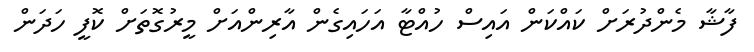
ފާޝާ މެންދުރަށް ކައްކަން އައިސް ހުއްޓާ އަހައިގެން އާރިންއަށް މީރުގޮތަށް ކޮފީ ހަދަން